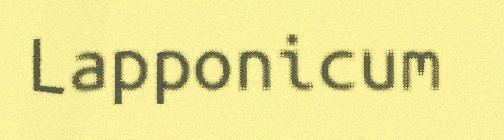
Lapponicum